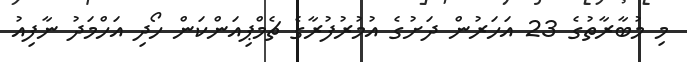
މި މުބާރާތުގެ 23 އަހަރުން ދަށުގެ އުމުރުފުރާގެ ޗެމްޕިއަންކަން ހޯދި އަހްމަދު ނާފިއު